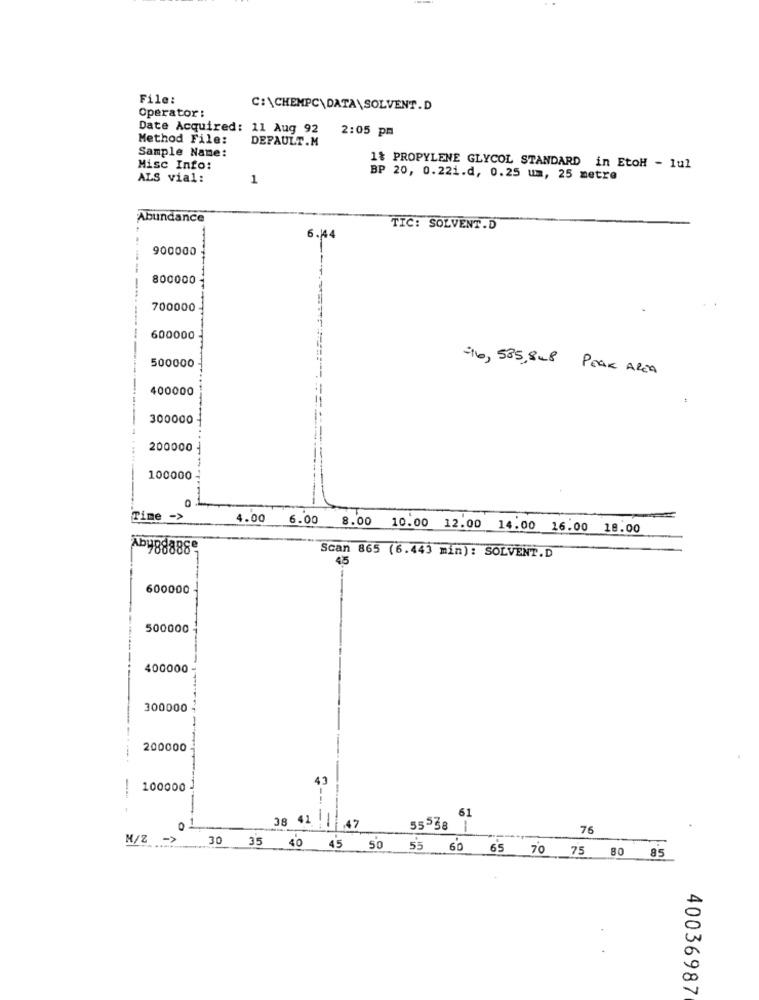
File:
C:\CHEMPC\DATA\SOLVENT.D
Operator:
Date Acquired: 11 Aug 92
2:05 pm
Method File:
DEFAULT.M
Sample Name:
Misc Info:
1% PROPYLENE GLYCOL STANDARD in EtoH - lul
ALS vial:
1
BP 20, 0.221.d, 0.25 um, 25 metre
Abundance
TIC: SOLVENT.D
6.44
900000
800000
700000
600000
500000
-16, 585,848 PEAK AREA
400000
300000-
200000
100000
Time ->
4.00
6.00 8.00 10.00 12.00 14.00 16.00 18.00
Aby88888
Scan 865 (6.443 min) : SOLVENT.D
45
600000
500000
400000
300000
200000
43
100000
61
O
38 41 47
55538 1
76
M/Z ->
30 35 40 45 50 55 60 65 70 75 80 85
40036987